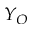
Y _ { O }